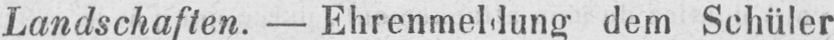
Landschaften. - Ehrenmeldung dem Schüler